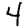
Digit: 4